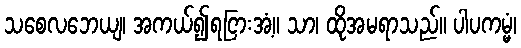
သစေလဘေယျ၊ အကယ်၍ရငြားအံ့။ သာ၊ ထိုအမရာသည်။ ပါပကမ္မံ၊